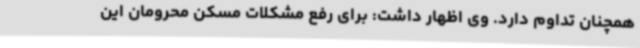
همچنان تداوم دارد. وی اظهار داشت: برای رفع مشکلات مسکن محرومان این